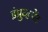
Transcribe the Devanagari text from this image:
इंप्रुव्हमेंट